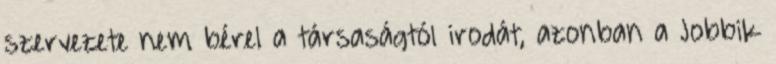
szervezete nem bérel a társaságtól irodát, azonban a Jobbik